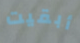
أبقيت